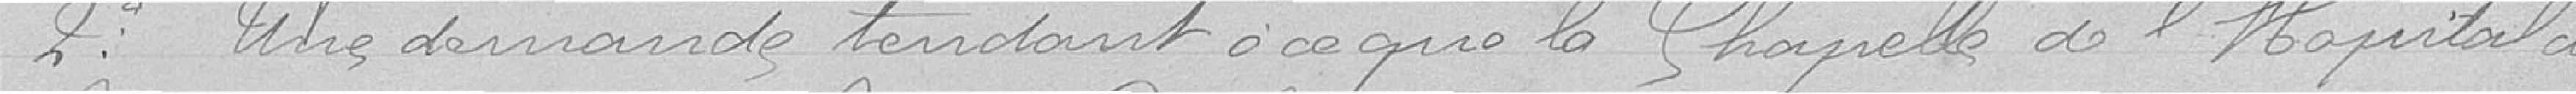
2° Une demande tendant à ce que la chapelle de l'hôpital civil